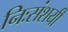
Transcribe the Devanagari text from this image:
निःसंशयी